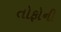
તોફોની